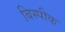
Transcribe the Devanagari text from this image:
बिस्पीक